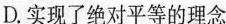
桨战舰舰长和许多公共文化活动主管等职位，则指定由最